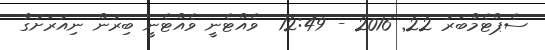
ސެޕްޓެމްބަރު 22